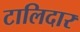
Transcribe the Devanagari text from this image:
टालिदार